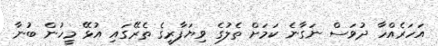
އަހަރެއްހާ ދުވަސް ނަގާނެ ކަމަށް ތެލުގެ ވިޔަފާރީގެ ތެރޭގައި އުޅޭ މީހުން ބުނާ